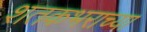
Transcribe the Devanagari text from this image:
शतकभराच्या